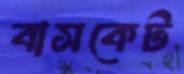
বাসকেট